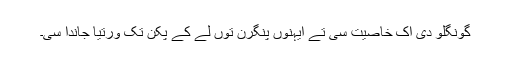
گونگلو دی اک خاصیت سی تے ایہنوں پُنگرن توں لے کے پکّن تک ورتیا جاندا سی۔